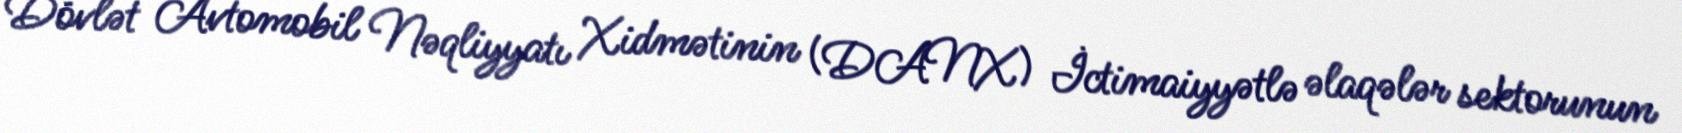
Dövlət Avtomobil Nəqliyyatı Xidmətinin (DANX) İctimaiyyətlə əlaqələr sektorunun